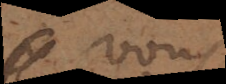
vous